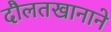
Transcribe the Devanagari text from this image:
दौलतखानाने